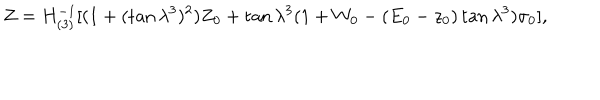
LaTeX: Z = H _ { ( 3 ) } ^ { - 1 } [ ( 1 + ( \tan \lambda ^ { 3 } ) ^ { 2 } ) Z _ { 0 } + \tan \lambda ^ { 3 } ( 1 + W _ { 0 } - ( E _ { 0 } - z _ { 0 } ) \tan \lambda ^ { 3 } ) \sigma _ { 0 } ] ,